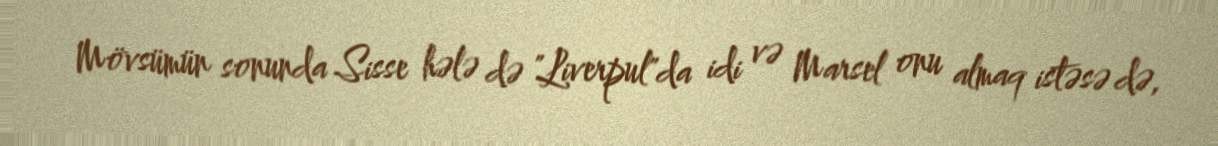
Mövsümün sonunda Sisse hələ də "Liverpul"da idi və Marsel onu almaq istəsə də,